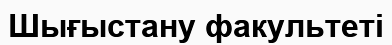
Шығыстану факультеті